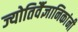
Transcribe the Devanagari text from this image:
ज्योतिर्वैज्ञानिकांनी